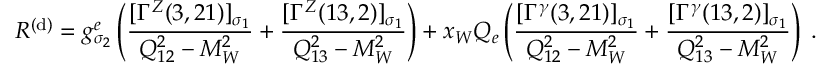
{ \cal R } ^ { ( \mathrm { d } ) } = g _ { \sigma _ { 2 } } ^ { e } \left( \frac { [ \Gamma ^ { Z } ( 3 , 2 1 ) ] _ { \sigma _ { 1 } } } { Q _ { 1 2 } ^ { 2 } - M _ { W } ^ { 2 } } + \frac { [ \Gamma ^ { Z } ( 1 3 , 2 ) ] _ { \sigma _ { 1 } } } { Q _ { 1 3 } ^ { 2 } - M _ { W } ^ { 2 } } \right) + x _ { W } Q _ { e } \left( \frac { [ \Gamma ^ { \gamma } ( 3 , 2 1 ) ] _ { \sigma _ { 1 } } } { Q _ { 1 2 } ^ { 2 } - M _ { W } ^ { 2 } } + \frac { [ \Gamma ^ { \gamma } ( 1 3 , 2 ) ] _ { \sigma _ { 1 } } } { Q _ { 1 3 } ^ { 2 } - M _ { W } ^ { 2 } } \right) \; .